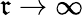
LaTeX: \mathfrak{r}\to\infty